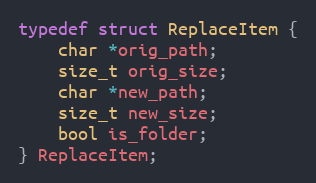
Language: C
typedef struct ReplaceItem {
    char *orig_path;
    size_t orig_size;
    char *new_path;
    size_t new_size;
    bool is_folder;
} ReplaceItem;